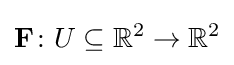
\mathbf {F} \colon U\subseteq \mathbb {R} ^{2}\to \mathbb {R} ^{2}